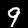
Label: 9